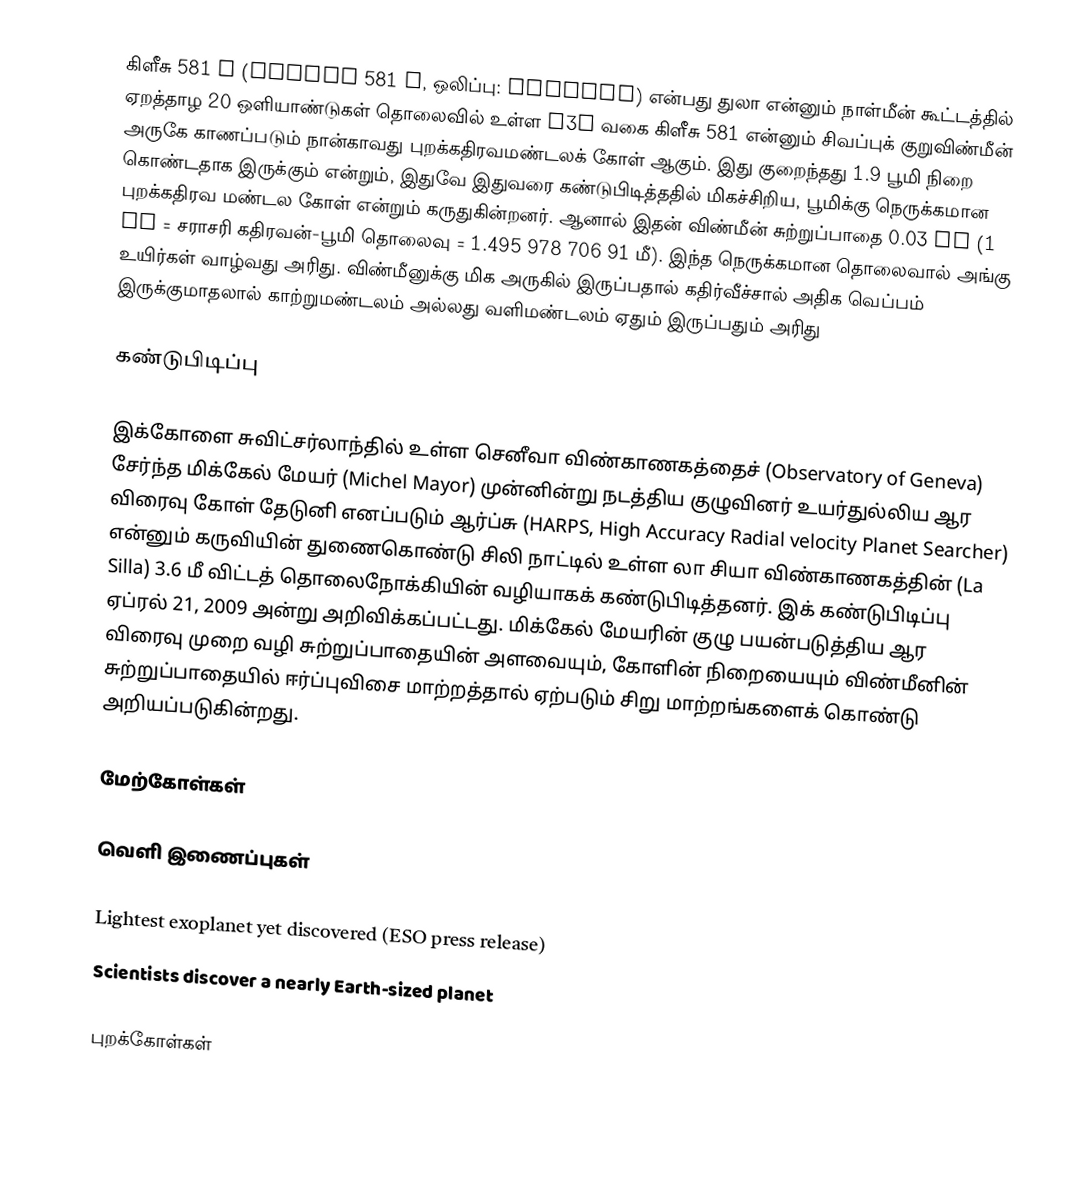
கிளீசு 581 e (Gliese 581 e, ஒலிப்பு: ˈɡliːzə) என்பது துலா என்னும் நாள்மீன் கூட்டத்தில் ஏறத்தாழ 20 ஒளியாண்டுகள் தொலைவில் உள்ள M3V வகை கிளீசு 581 என்னும் சிவப்புக் குறுவிண்மீன் அருகே காணப்படும் நான்காவது புறக்கதிரவமண்டலக் கோள் ஆகும். இது குறைந்தது 1.9 பூமி நிறை கொண்டதாக இருக்கும் என்றும், இதுவே இதுவரை கண்டுபிடித்ததில் மிகச்சிறிய, பூமிக்கு நெருக்கமான புறக்கதிரவ மண்டல கோள் என்றும் கருதுகின்றனர். ஆனால் இதன் விண்மீன் சுற்றுப்பாதை 0.03 AU (1 AU = சராசரி கதிரவன்-பூமி தொலைவு =  1.495 978 706 91 மீ). இந்த நெருக்கமான தொலைவால் அங்கு உயிர்கள் வாழ்வது அரிது. விண்மீனுக்கு மிக அருகில் இருப்பதால் கதிர்வீச்சால் அதிக வெப்பம் இருக்குமாதலால் காற்றுமண்டலம் அல்லது வளிமண்டலம் ஏதும் இருப்பதும் அரிது

கண்டுபிடிப்பு

இக்கோளை சுவிட்சர்லாந்தில் உள்ள செனீவா விண்காணகத்தைச் (Observatory of Geneva) சேர்ந்த மிக்கேல் மேயர் (Michel Mayor) முன்னின்று நடத்திய குழுவினர்  உயர்துல்லிய ஆர விரைவு கோள் தேடுனி எனப்படும் ஆர்ப்சு (HARPS, High Accuracy Radial velocity Planet Searcher) என்னும் கருவியின் துணைகொண்டு சிலி நாட்டில் உள்ள லா சியா விண்காணகத்தின் (La Silla) 3.6 மீ விட்டத் தொலைநோக்கியின் வழியாகக் கண்டுபிடித்தனர். இக் கண்டுபிடிப்பு ஏப்ரல் 21, 2009 அன்று அறிவிக்கப்பட்டது. மிக்கேல் மேயரின் குழு பயன்படுத்திய ஆர விரைவு முறை வழி சுற்றுப்பாதையின் அளவையும், கோளின் நிறையையும் விண்மீனின் சுற்றுப்பாதையில் ஈர்ப்புவிசை மாற்றத்தால் ஏற்படும் சிறு மாற்றங்களைக் கொண்டு அறியப்படுகின்றது.

மேற்கோள்கள்

வெளி இணைப்புகள்

 Lightest exoplanet yet discovered  (ESO press release)
 Scientists discover a nearly Earth-sized planet

புறக்கோள்கள்